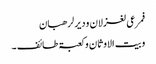
فمرعی لغزلان ودیر لرھبان
وبیت الاوثان وکعبۃ طائف ۔